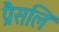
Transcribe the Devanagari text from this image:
प्रैसलि